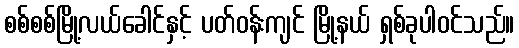
စစ်စစ်မြို့လယ်ခေါင်နှင့် ပတ်ဝန်းကျင် မြို့နယ် ရှစ်ခုပါဝင်သည်။